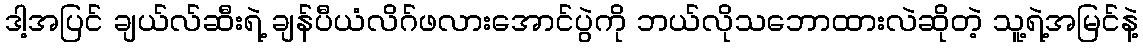
ဒါ့အပြင် ချယ်လ်ဆီးရဲ့ ချန်ပီယံလိဂ်ဖလားအောင်ပွဲကို ဘယ်လိုသဘောထားလဲဆိုတဲ့ သူ့ရဲ့အမြင်နဲ့